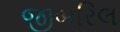
જીબરિલ